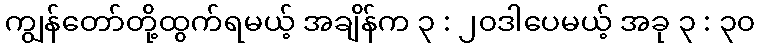
ကျွန်တော်တို့ထွက်ရမယ့် အချိန်က ၃ : ၂၀ဒါပေမယ့် အခု ၃ : ၃၀